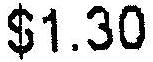
$1.30